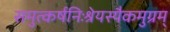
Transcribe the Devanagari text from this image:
समुत्कर्षनिःश्रेयस्यैकमुग्रम्‌